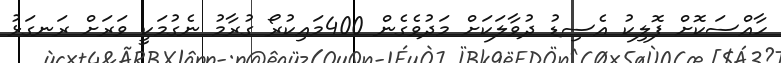
ހާއްސަކޮށް ފޮލިކު އެސިޑު ދުވާލަކަށް މަދުވެގެން 400މައިކުރޯ ގުރާމު ނެގުމަކީ ވަރަށް ރަނގަޅު